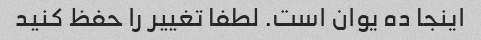
اینجا ده یوان است. لطفا تغییر را حفظ کنید